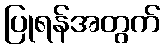
ပြုရန်အတွက်